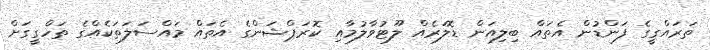
ތަރައްގީގެ ފަންޑުން އެތައް ބިލިއަން ޑޮލަރެއް ލޫޓުވާލުމާއި ކޮރަޕްޝަންގެ އެތައް މައްސަލަތަކެއްގެ ތަހްގީގަށް